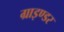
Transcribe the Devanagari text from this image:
ग्राइण्डर